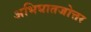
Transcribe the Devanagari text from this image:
अभिघातजोत्तर